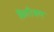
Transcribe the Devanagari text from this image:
कितीजण